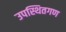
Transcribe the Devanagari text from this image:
उपस्थितगण